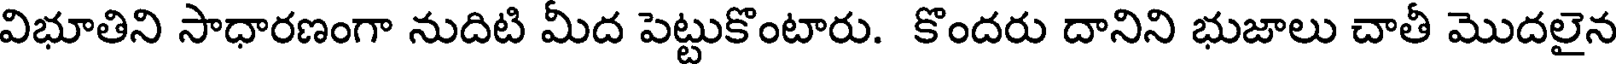
విభూతిని సాధారణంగా నుదిటి మీద పెట్టుకొంటారు. కొందరు దానిని భుజాలు చాతీ మొదలైన